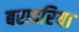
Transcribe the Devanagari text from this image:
बरादरिया